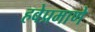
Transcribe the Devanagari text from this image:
हवेप्रमाणे